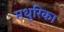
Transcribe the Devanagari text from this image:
मधुरिका